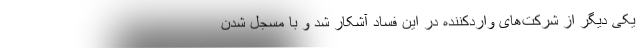
یکی دیگر از شرکت‌های واردکننده در این فساد آشکار شد و با مسجل شدن